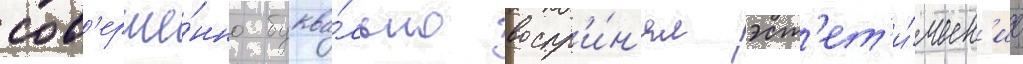
сов'ерше́нно буква́льно воспр'и́н'ял эст'ет'и́ческ'ие